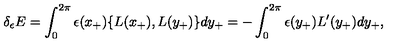
\delta _ { \epsilon } E = \int _ { 0 } ^ { 2 \pi } \epsilon ( x _ { + } ) \{ L ( x _ { + } ) , L ( y _ { + } ) \} d y _ { + } = - \int _ { 0 } ^ { 2 \pi } \epsilon ( y _ { + } ) L ^ { \prime } ( y _ { + } ) d y _ { + } ,